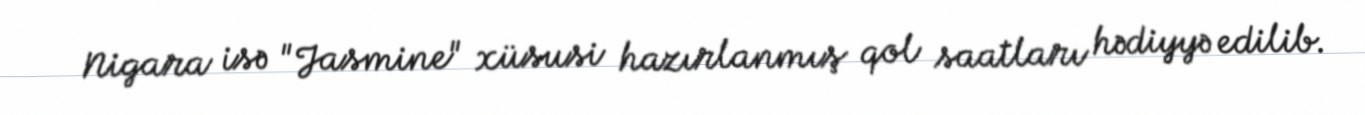
Nigara isə "Jasmine" xüsusi hazırlanmış qol saatları hədiyyə edilib.